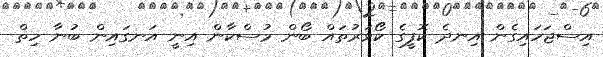
އިސްޖަހައިގެން އިނދެ ކޮފީގެ ކޯވަރުތައް ބޯން މުސްކާން އިނީ އަނގައިން ބުނާ ހިތް